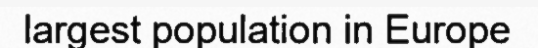
largest population in Europe